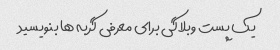
یک پست وبلاگی برای معرفی گربه ها بنویسید